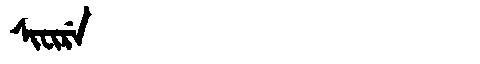
Manchu: ᠰᡳᠸᡳᡵᡝ
Romanization: SIFIRE